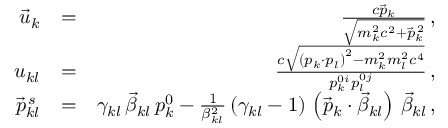
\begin{array} { r l r } { \vec { u } _ { k } } & { = } & { \frac { c \vec { p } _ { k } } { \sqrt { m _ { k } ^ { 2 } c ^ { 2 } + \vec { p } _ { k } ^ { \, 2 } } } \, , } \\ { u _ { k l } } & { = } & { \frac { c \sqrt { \left( p _ { k } \cdot p _ { l } \right) ^ { 2 } - m _ { k } ^ { 2 } m _ { l } ^ { 2 } c ^ { 4 } } } { p _ { k } ^ { 0 i } p _ { l } ^ { 0 j } } \, , } \\ { \vec { p } _ { k l } ^ { \, s } } & { = } & { \gamma _ { k l } \, \vec { \beta } _ { k l } \, p _ { k } ^ { 0 } - \frac { 1 } { \beta _ { k l } ^ { 2 } } \, ( \gamma _ { k l } - 1 ) \, \left( \vec { p } _ { k } \cdot \vec { \beta } _ { k l } \right) \, \vec { \beta } _ { k l } \, , } \end{array}